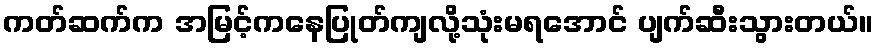
ကတ်ဆက်က အမြင့်ကနေပြုတ်ကျလို့သုံးမရအောင် ပျက်ဆီးသွားတယ်။